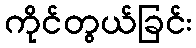
ကိုင်တွယ်ခြင်း